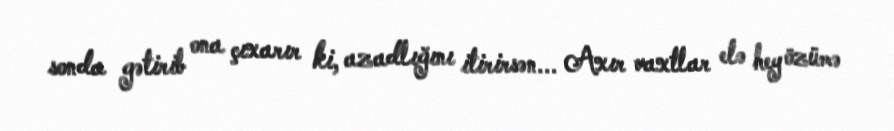
sonda gətirib ona çıxarır ki, azadlığını itirirsən... Axır vaxtlar elə hey özümə